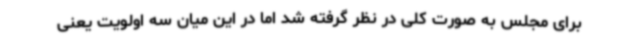
برای مجلس به صورت کلی در نظر گرفته شد اما در این میان سه اولویت یعنی